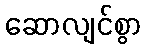
ဆောလျင်စွာ